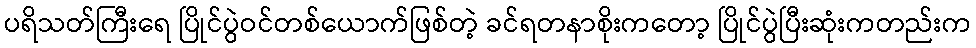
ပရိသတ်ကြီးရေ ပြိုင်ပွဲဝင်တစ်ယောက်ဖြစ်တဲ့ ခင်ရတနာစိုးကတော့ ပြိုင်ပွဲပြီးဆုံးကတည်းက